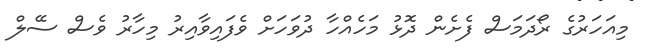
މިއަހަރުގެ ރޯދަމަސް ފެށެން ދޮޅު މަހެއްހާ ދުވަހަށް ވެފައިވާއިރު މިހާރު ވެސް ސޭލް